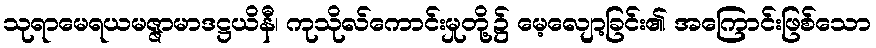
သုရာမေရယမဇ္ဇာမာဒဋ္ဌယိနီ၊ ကုသိုလ်ကောင်းမှုတို့၌ မေ့လျော့ခြင်း၏ အကြောင်းဖြစ်သော